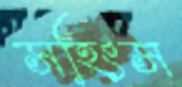
সহিংস